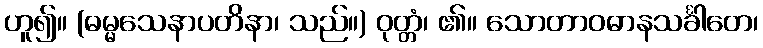
ဟူ၍။ (ဓမ္မသေနာပတိနာ၊ သည်။) ဝုတ္တံ၊ ၏။ သောတာဝဓာနသင်္ခါတေ၊